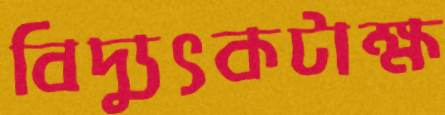
বিদ্যুৎকটাক্ষ